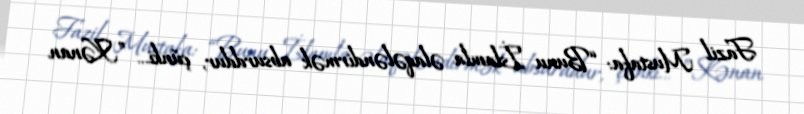
Fazil Mustafa: “Bunu İslamla əlaqələndirmək absurddur, çünki... ”Kənan